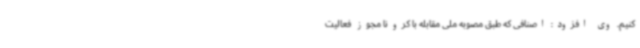
کنیم. وی افزود: اصنافی که طبق مصوبه ملی مقابله با کرونا مجوز فعالیت